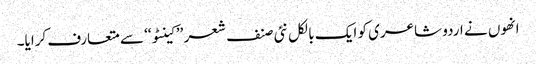
انھوں نے اردو شاعری کو ایک بالکل نئی صنف شعر ’’ کینٹو‘‘ سے متعارف کرایا۔